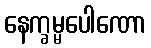
နေက္ခမ္မပေါဏော